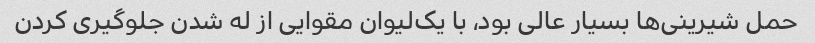
حمل شیرینی‌ها بسیار عالی بود، با یک‌لیوان مقوایی از له شدن جلوگیری کردن